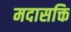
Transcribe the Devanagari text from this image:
मदासक्ति